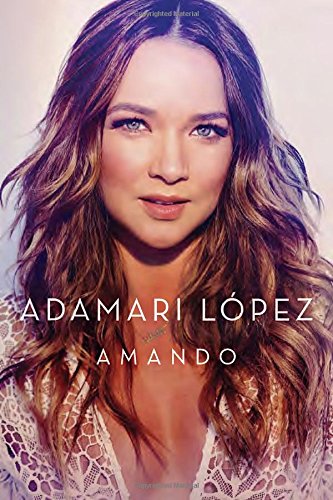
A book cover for Amando (Spanish Edition); Adamari Lopez; Biographies & Memoirs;